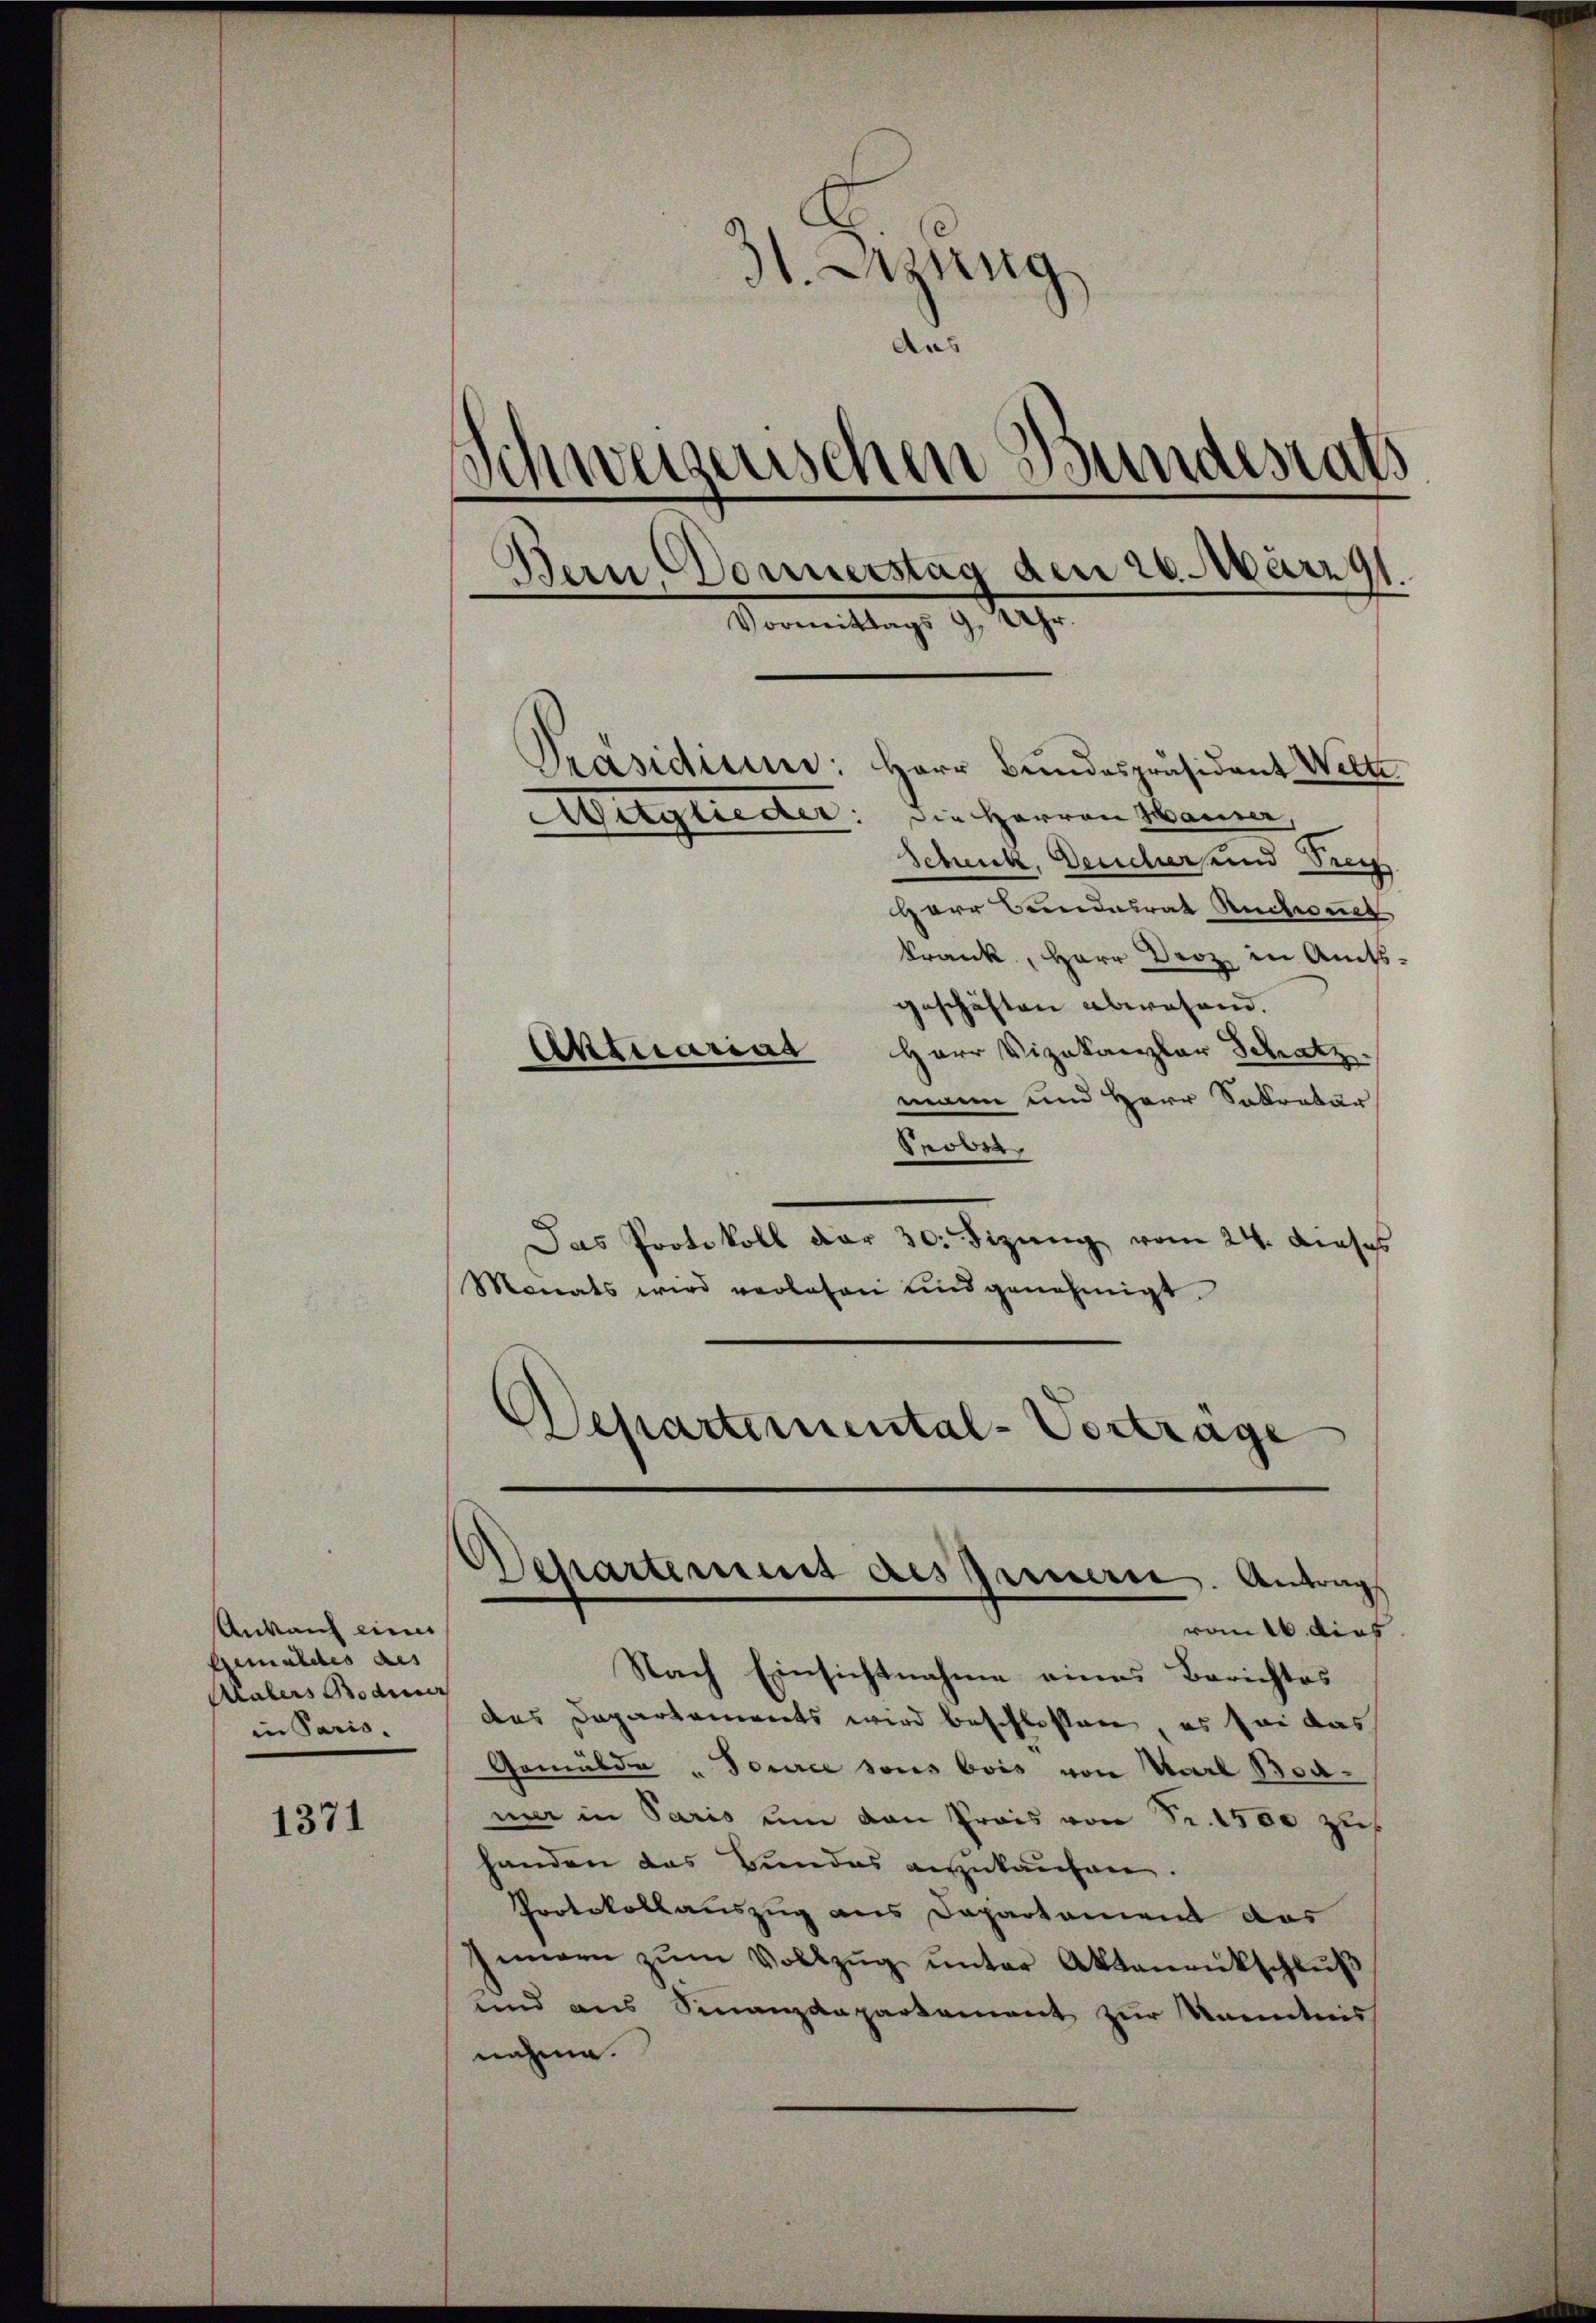
Ankauf eines
Gemäldes des
Malers Bodmer
in Paris.

1371

31 Sitzung
dus
weisenschen Bundesrath
¬
Bern Donnerstag den 26. März
Vormittags 9 Uhr.
Präsidicin: Herr Bundespräsident Welte
Waglieder: die Herren Mauer
Schick, Deucher und Dich

Herr Bundesrat Ruchwerd
krank, Herr Droz in Amtsgeschäften abwesend.
Herr Vizekanzler Schatz
mann und Herr Sekretär
Prober
Das Protokoll der 30. Sizŭng vom 24. dieses
Monats wird verlesen und genehmigt.
Departemental-Vortrage

Aktuariat

von dies
Nach Einsichtnahme eines Berichtes
das Departements wird beschlossen, es sei das
Gemälde „Tource sous bois von Karl Boamar in Paris um den Preis von Fr. 1500 zus
handen das Bundes anzukaufen.
Protokollauszug aus Departament das
Innern zŭm Vollzŭg ŭnter Aktenantschlŭβ
und aus Finanzdepartement zur Kenntnis
nahme.

d
Schartemens des pereueren. Antrags